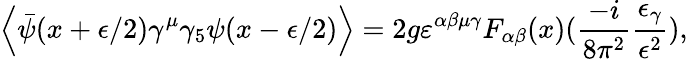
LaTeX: \left\langle\bar{\psi}(x+\epsilon/2)\gamma^{\mu}\gamma_{5}\psi(x-\epsilon/2)\right\rangle=2g\varepsilon^{\alpha\beta\mu\gamma}F_{\alpha\beta}(x)(\frac{-i}{8\pi^{2}}\frac{\epsilon_{\gamma}}{\epsilon^{2}}),